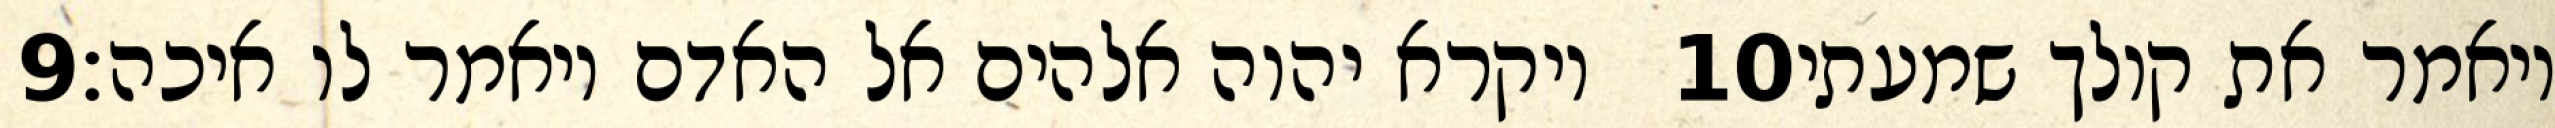
‎9‏ ויקרא יהוה אלהים אל האדם ויאמר לו איכה׃ ‎10‏ ויאמר את קולך שמעתי